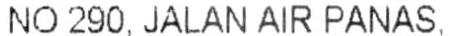
NO 290, JALAN AIR PANAS.